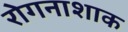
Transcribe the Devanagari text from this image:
रोगनाशाक